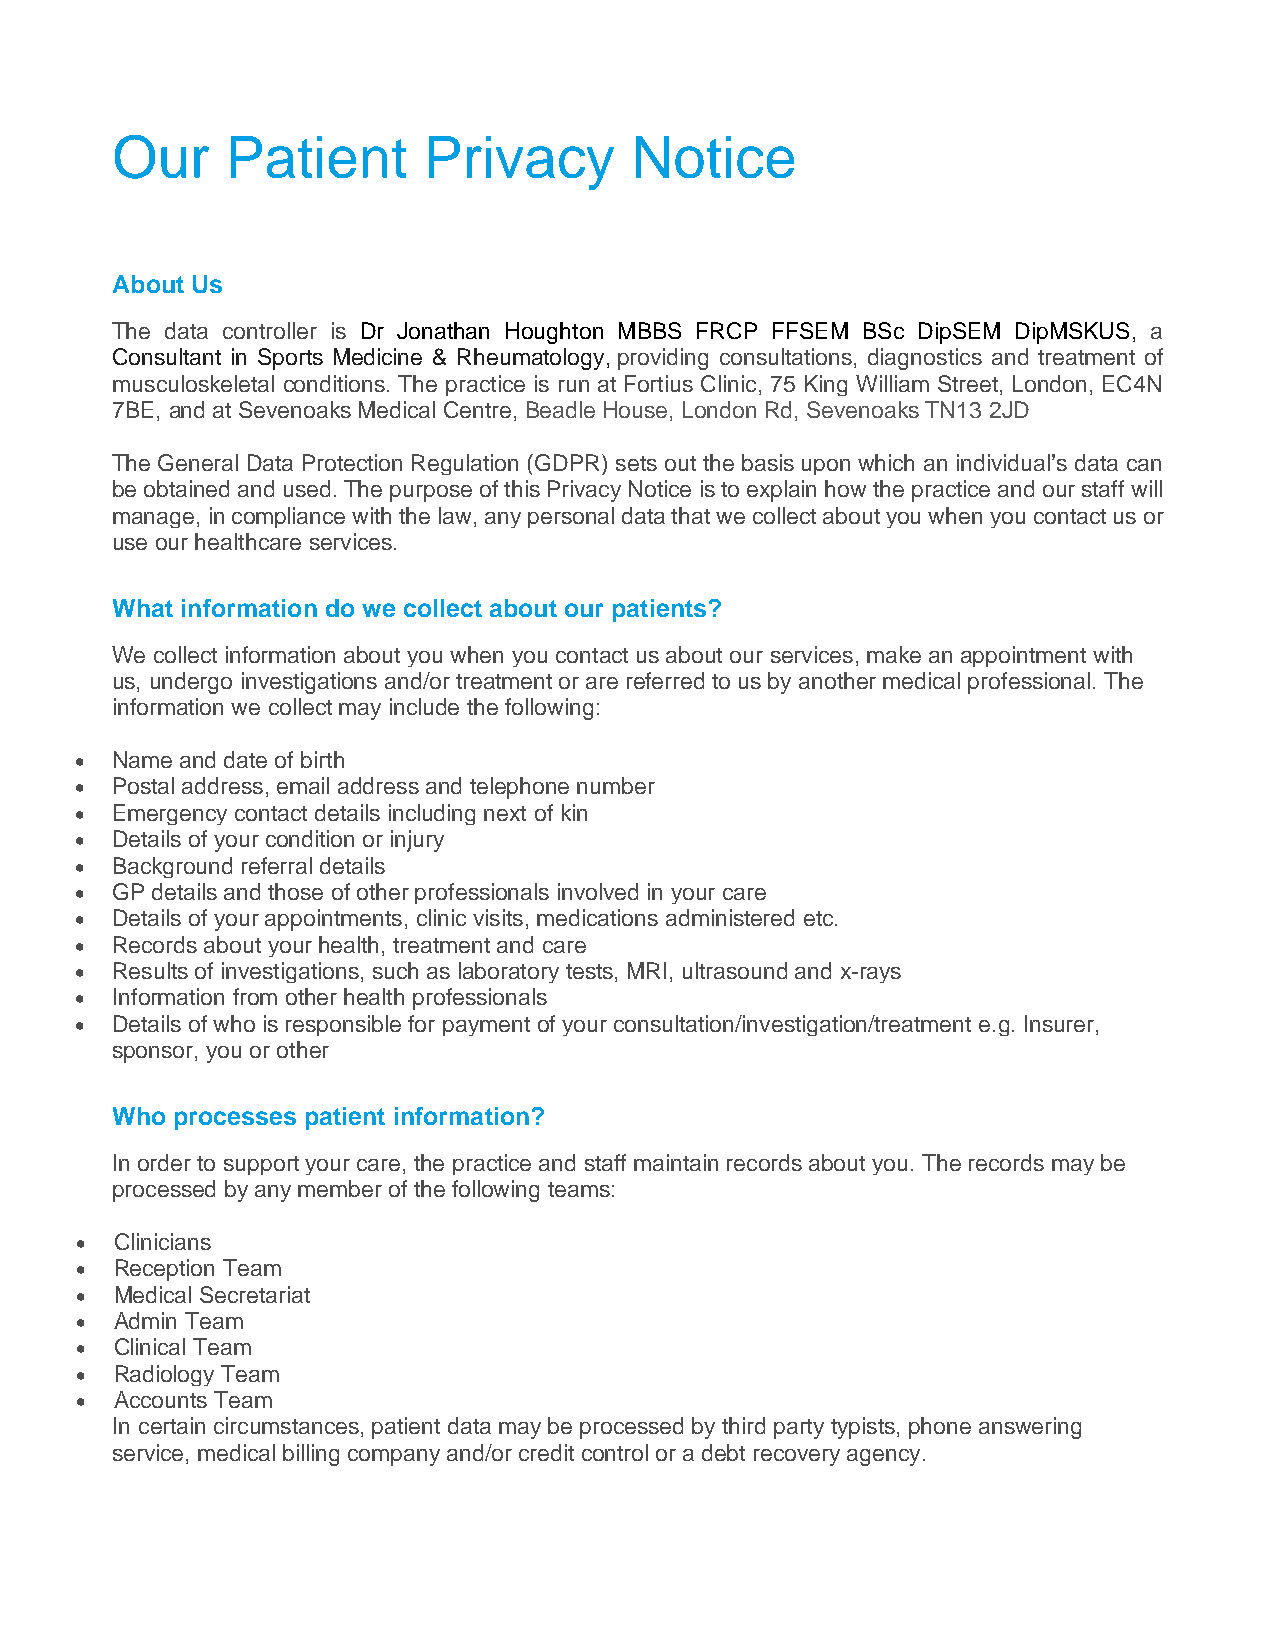
Our     Patient      Privacy       Notice
 About Us
 The data controller is Dr Jonathan Houghton MBBS FRCP FFSEM BSc DipSEM DipMSKUS, a
 Consultant in Sports Medicine & Rheumatology, providing consultations, diagnostics and treatment of
 musculoskeletal conditions. The practice is run at Fortius Clinic, 75 King William Street, London, EC4N
 7BE, and at Sevenoaks Medical Centre, Beadle House, London Rd, Sevenoaks TN13 2JD
 The General Data Protection Regulation (GDPR) sets out the basis upon which an individual’s data can
 be obtained and used. The purpose of this Privacy Notice is to explain how the practice and our staff will
 manage, in compliance with the law, any personal data that we collect about you when you contact us or
 use our healthcare services.
 What information do we collect about our patients?
 We collect information about you when you contact us about our services, make an appointment with
 us, undergo investigations and/or treatment or are referred to us by another medical professional. The
 information we collect may include the following:
 • Name and date of birth
 • Postal address, email address and telephone number
 • Emergency contact details including next of kin
 • Details of your condition or injury
 • Background referral details
 • GP details and those of other professionals involved in your care
 • Details of your appointments, clinic visits, medications administered etc.
 • Records about your health, treatment and care
 • Results of investigations, such as laboratory tests, MRI, ultrasound and x-rays
 • Information from other health professionals
 • Details of who is responsible for payment of your consultation/investigation/treatment e.g. Insurer,
 sponsor, you or other
 Who processes patient information?
 In order to support your care, the practice and staff maintain records about you. The records may be
 processed by any member of the following teams:
 •  Clinicians
 •  Reception Team
 •  Medical Secretariat
 •  Admin Team
 •  Clinical Team
 •  Radiology Team
 •  Accounts Team
 In certain circumstances, patient data may be processed by third party typists, phone answering
 service, medical billing company and/or credit control or a debt recovery agency.